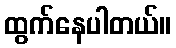
ထွက်နေပါတယ်။